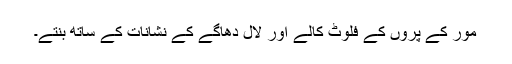
مور کے پروں کے فلوٹ کالے اور لال دھاگے کے نشانات کے ساتھ بنتے۔